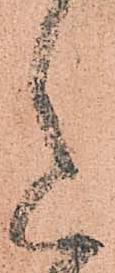
意